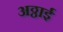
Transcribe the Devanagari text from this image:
अठ्ठाई